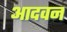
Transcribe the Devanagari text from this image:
आदवन